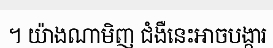
។ យ៉ាងណាមិញ ជំងឺនេះអាចបង្ការ